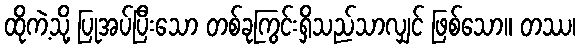
ထိုကဲ့သို့ ပြုအပ်ပြီးသော တစ်ခုကြွင်းရှိသည်သာလျှင် ဖြစ်သော။ တဿ၊